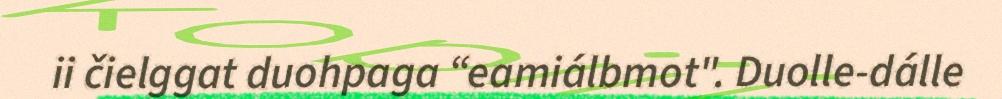
ii čielggat duohpaga “eamiálbmot". Duolle-dálle